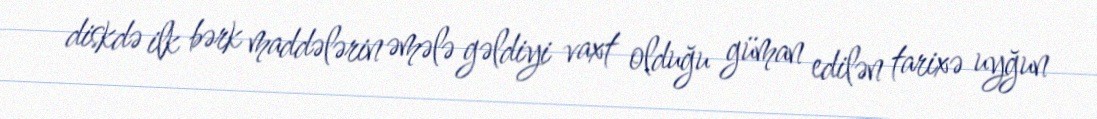
diskdə ilk bərk maddələrin əmələ gəldiyi vaxt olduğu güman edilən tarixə uyğun